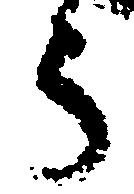
う